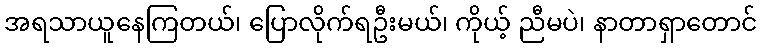
အရသာယူနေကြတယ်၊ ပြောလိုက်ရဦးမယ်၊ ကိုယ့် ညီမပဲ၊ နာတာရှာတောင်